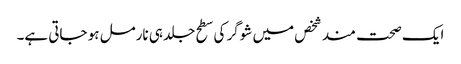
ایک صحت مند شخص میں شوگر کی سطح جلد ہی نارمل ہو جاتی ہے۔